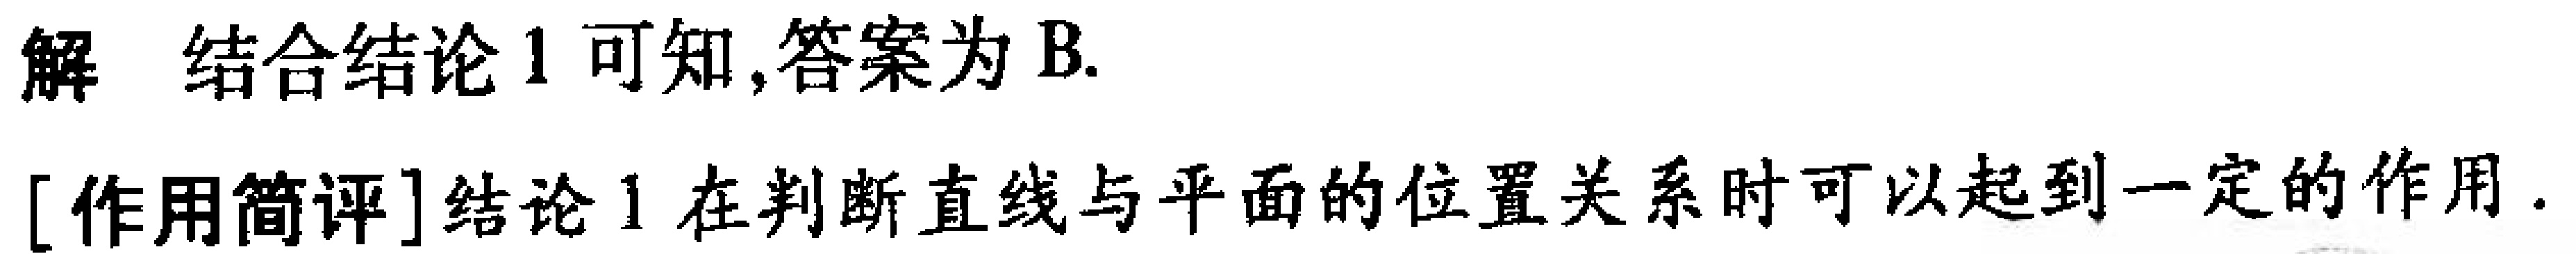
解 结合结论 1 可知,答案为 B.
[作用简评]结论 1 在判断直线与平面的位置关系时可以起到一定的作用.